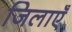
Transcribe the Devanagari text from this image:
जिलाएँ